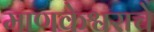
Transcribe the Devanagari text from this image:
माणकेश्वराचे